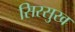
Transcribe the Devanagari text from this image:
सिरसुख